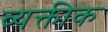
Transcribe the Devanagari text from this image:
व्यक्तीक